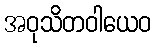
အဝုသိတဝါယေဝ